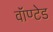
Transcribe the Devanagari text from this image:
वॉण्टेड